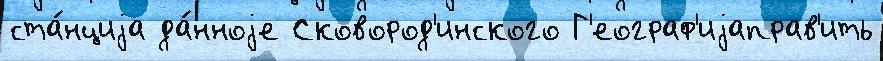
ста́нциjа да́нноjе Сковород'инского Г'еограф'иjаправ'ить